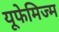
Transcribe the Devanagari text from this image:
यूफेमिज्म